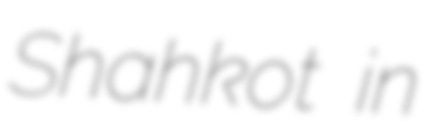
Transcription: Shahkot in